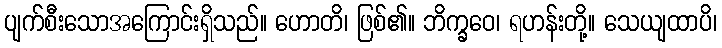
ပျက်စီးသောအကြောင်းရှိသည်။ ဟောတိ၊ ဖြစ်၏။ ဘိက္ခဝေ၊ ရဟန်းတို့။ သေယျထာပိ၊